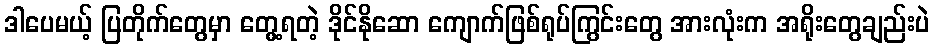
ဒါပေမယ့် ပြတိုက်တွေမှာ တွေ့ရတဲ့ ဒိုင်နိုဆော ကျောက်ဖြစ်ရုပ်ကြွင်းတွေ အားလုံးက အရိုးတွေချည်းပဲ